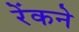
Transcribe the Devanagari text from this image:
रेंकने